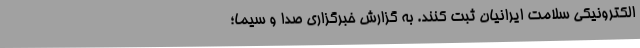
الکترونیکی سلامت ایرانیان ثبت کنند. به گزارش خبرگزاری صدا و سیما؛